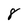
Character: 8